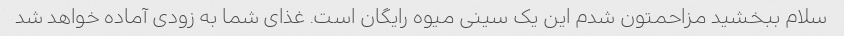
سلام ببخشید مزاحمتون شدم این یک سینی میوه رایگان است. غذای شما به زودی آماده خواهد شد